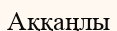
Аққаңлы